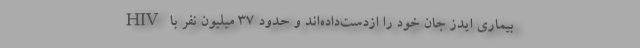
بیماری ایدز جان خود را ازدست‌داده‌اند و حدود ۳۷ میلیون نفر با HIV